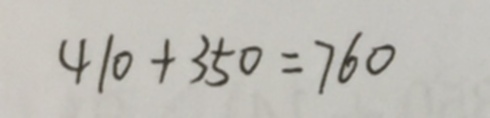
4 1 0 + 3 5 0 = 7 6 0